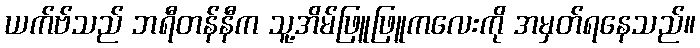
ယက်ဗ်သည် ဘရီတန်နီက သူ့အိမ်ဖြူဖြူကလေးကို အမှတ်ရနေသည်။